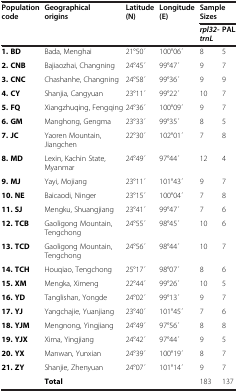
<table><thead><tr><td rowspan="2"><b>Population code</b></td><td rowspan="2"><b>Geographical origins</b></td><td rowspan="2"><b>Latitude (N)</b></td><td rowspan="2"><b>Longitude (E)</b></td><td colspan="2"><b>Sample Sizes</b></td></tr><tr><td><b><i>rpl32- trnL</i></b></td><td><b>PAL</b></td></tr></thead><tbody><tr><td><b>1. BD</b></td><td>Bada, Menghai</td><td>21°50 ́</td><td>100°06 ́</td><td>8</td><td>5</td></tr><tr><td><b>2. CNB</b></td><td>Bajiaozhai, Changning</td><td>24°45 ́</td><td>99°47 ́</td><td>9</td><td>7</td></tr><tr><td><b>3. CNC</b></td><td>Chashanhe, Changning</td><td>24°58 ́</td><td>99°36 ́</td><td>9</td><td>9</td></tr><tr><td><b>4. CY</b></td><td>Shanjia, Cangyuan</td><td>23°11 ́</td><td>99°22 ́</td><td>10</td><td>7</td></tr><tr><td><b>5. FQ</b></td><td>Xiangzhuqing, Fengqing</td><td>24°36 ́</td><td>100°09 ́</td><td>9</td><td>7</td></tr><tr><td><b>6. GM</b></td><td>Manghong, Gengma</td><td>23°33 ́</td><td>99°35 ́</td><td>8</td><td>5</td></tr><tr><td><b>7. JC</b></td><td>Yaoren Mountain, Jiangchen</td><td>22°30 ́</td><td>102°01 ́</td><td>7</td><td>8</td></tr><tr><td><b>8. MD</b></td><td>Lexin, Kachin State, Myanmar</td><td>24°49 ́</td><td>97°44 ́</td><td>12</td><td>4</td></tr><tr><td><b>9. MJ</b></td><td>Yayi, Mojiang</td><td>23°11 ́</td><td>101°43 ́</td><td>9</td><td>7</td></tr><tr><td><b>10. NE</b></td><td>Baicaodi, Ninger</td><td>23°15 ́</td><td>100°04 ́</td><td>7</td><td>8</td></tr><tr><td><b>11. SJ</b></td><td>Mengku, Shuangjiang</td><td>23°41 ́</td><td>99°47 ́</td><td>7</td><td>6</td></tr><tr><td><b>12. TCB</b></td><td>Gaoligong Mountain, Tengchong</td><td>24°55 ́</td><td>98°45 ́</td><td>10</td><td>6</td></tr><tr><td><b>13. TCD</b></td><td>Gaoligong Mountain, Tengchong</td><td>24°56 ́</td><td>98°44 ́</td><td>10</td><td>7</td></tr><tr><td><b>14. TCH</b></td><td>Houqiao, Tengchong</td><td>25°17 ́</td><td>98°07 ́</td><td>8</td><td>6</td></tr><tr><td><b>15. XM</b></td><td>Mengka, Ximeng</td><td>22°44 ́</td><td>99°26 ́</td><td>10</td><td>5</td></tr><tr><td><b>16. YD</b></td><td>Tanglishan, Yongde</td><td>24°02 ́</td><td>99°13 ́</td><td>9</td><td>7</td></tr><tr><td><b>17. YJ</b></td><td>Yangchajie, Yuanjiang</td><td>23°40 ́</td><td>101°45 ́</td><td>7</td><td>6</td></tr><tr><td><b>18. YJM</b></td><td>Mengnong, Yingjiang</td><td>24°49 ́</td><td>97°56 ́</td><td>8</td><td>8</td></tr><tr><td><b>19. YJX</b></td><td>Xima, Yingjiang</td><td>24°42 ́</td><td>97°44 ́</td><td>9</td><td>5</td></tr><tr><td><b>20. YX</b></td><td>Manwan, Yunxian</td><td>24°39 ́</td><td>100°19 ́</td><td>8</td><td>7</td></tr><tr><td><b>21. ZY</b></td><td>Shanjie, Zhenyuan</td><td>24°07 ́</td><td>101°14 ́</td><td>9</td><td>7</td></tr><tr><td> </td><td><b>Total</b></td><td> </td><td> </td><td>183</td><td>137</td></tr></tbody></table>